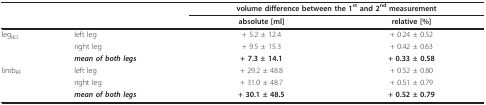
|  |  | <COLSPAN=2> volume difference between the 1st and 2nd measurement |
 |  |  | absolute [ml] | relative [%] |
 | --- | --- | --- | --- |
 | legBD | left leg | + 5.2 ± 12.4 | + 0.24 ± 0.52 |
 |  | right leg | + 9.5 ± 15.3 | + 0.42 ± 0.63 |
 |  | mean of both legs | + 7.3 ± 14.1 | + 0.33 ± 0.58 |
 | limbBF | left leg | + 29.2 ± 48.8 | + 0.52 ± 0.80 |
 |  | right leg | + 31.0 ± 48.7 | + 0.51 ± 0.79 |
 |  | mean of both legs | + 30.1 ± 48.5 | + 0.52 ± 0.79 |